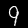
Label: 9